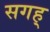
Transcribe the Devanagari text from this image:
सगह्